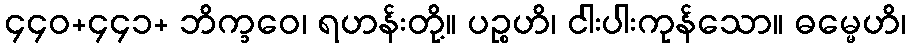
၄၄၀+၄၄၁+ ဘိက္ခဝေ၊ ရဟန်းတို့။ ပဉ္စဟိ၊ ငါးပါးကုန်သော။ ဓမ္မေဟိ၊